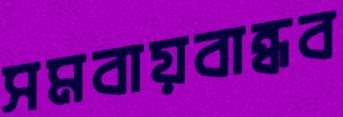
সমবায়বান্ধব